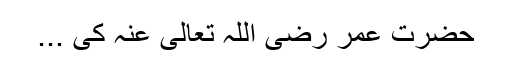
حضرت عمر رضی اللہ تعالیٰ عنہ کی ...